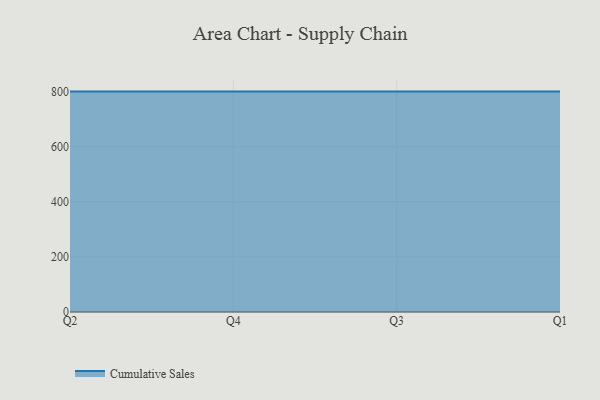
{"axis": {"x": "Quarter", "y": "Gross Profit (USD K)"}, "legend": ["Cumulative Sales"], "data": [{"x": "Q2", "y": 800, "type": "Cumulative Sales"}, {"x": "Q4", "y": 800, "type": "Cumulative Sales"}, {"x": "Q3", "y": 800, "type": "Cumulative Sales"}, {"x": "Q1", "y": 800, "type": "Cumulative Sales"}]}